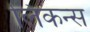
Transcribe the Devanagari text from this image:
लिकन्स